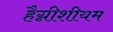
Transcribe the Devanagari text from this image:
हैग्नीशीयम